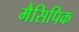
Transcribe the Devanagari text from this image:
मैसिपिक